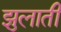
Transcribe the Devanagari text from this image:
झुलाती